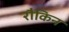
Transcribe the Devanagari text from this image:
रौकिन